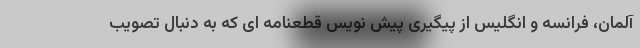
آلمان، فرانسه و انگلیس از پیگیری پیش نویس قطعنامه ای که به دنبال تصویب